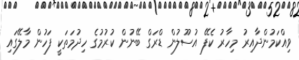
ވިއްކަމުންދާއިރު މިހާރު ކެފޭ އުސޫލުން ޑްރަގް ބޭނުން ކުރުމުގެ ހިދުމަތަކީ ފަހުން މާލޭގައި